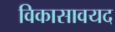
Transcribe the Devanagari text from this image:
विकासावयद